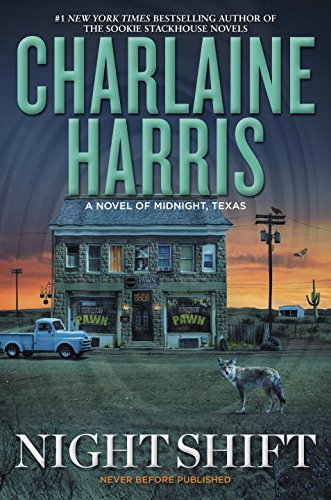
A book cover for Night Shift: A Novel of Midnight, Texas; Charlaine Harris; Mystery, Thriller & Suspense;